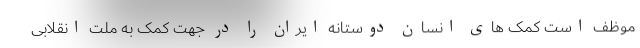
موظف است کمک های انسان دوستانه ایران را در جهت کمک به ملت انقلابی